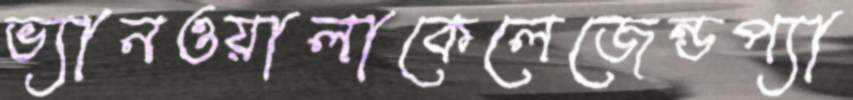
ভ্যানওয়ালাকেলেজেন্ডপ্যা